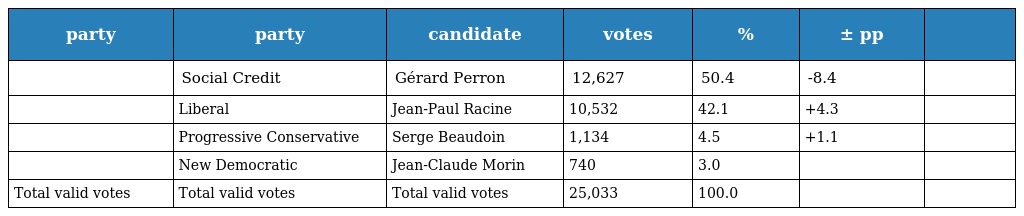
| party | party | candidate | votes | % | ± pp |  |
 | --- | --- | --- | --- | --- | --- | --- |
 |  | Social Credit | Gérard Perron | 12,627 | 50.4 | -8.4 |  |
 |  | Liberal | Jean-Paul Racine | 10,532 | 42.1 | +4.3 |  |
 |  | Progressive Conservative | Serge Beaudoin | 1,134 | 4.5 | +1.1 |  |
 |  | New Democratic | Jean-Claude Morin | 740 | 3.0 |  |  |
 | Total valid votes | Total valid votes | Total valid votes | 25,033 | 100.0 |  |  |